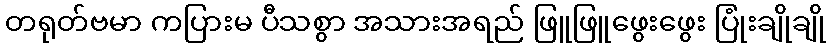
တရုတ်ဗမာ ကပြားမ ပီသစွာ အသားအရည် ဖြူဖြူဖွေးဖွေး ပြုံးချိုချို